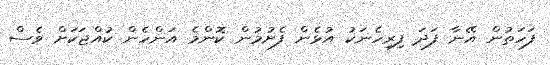
ފަހަތުން އޭނާ ފަދަ ފިރިހެނަކު އުޅެން ފެށުމުން ކޮންމެ އަންހެން ކުއްޖަކަށް ވެސް